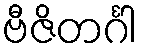
ဗီဇိတင်္ဂါ